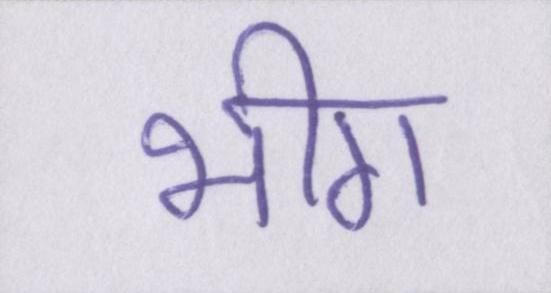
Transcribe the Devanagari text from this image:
भीग